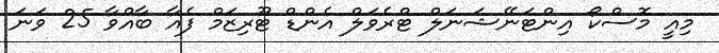
މިއީ މޮސްކޯ އިންޓަނޭޝަނަލް ޓްރެވަލް އެންޑް ޓޫރިޒަމް ފެއާ ބާއްވާ 25 ވަނަ